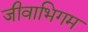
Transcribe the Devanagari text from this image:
जीवाभिगम